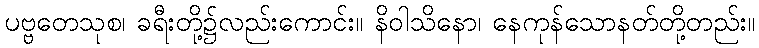
ပဗ္ဗတေသုစ၊ ခရီးတို့၌လည်းကောင်း။ နိဝါသိနော၊ နေကုန်သောနတ်တို့တည်း။